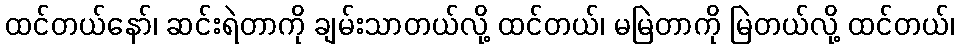
ထင်တယ်နော်၊ ဆင်းရဲတာကို ချမ်းသာတယ်လို့ ထင်တယ်၊ မမြဲတာကို မြဲတယ်လို့ ထင်တယ်၊